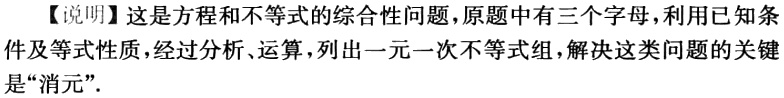
【说明】这是方程和不等式的综合性问题，原题中有三个字母，利用已知条件及等式性质，经过分析、运算，列出一元一次不等式组，解决这类问题的关键是“消元”.